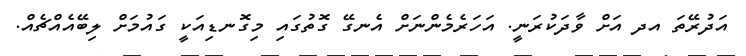
އަދުރޭތަ އދ އަށް ވާދަކުރަނީ. އަހަރެމެންނަށް އެނގޭ ގޮތުގައި މިގޮނޑިއަކީ ގައުމަށް ލިބޭއެއްޗެއް.